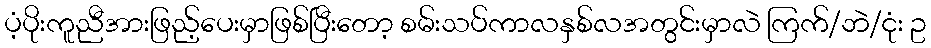
ပံ့ပိုးကူညီအားဖြည့်ပေးမှာဖြစ်ပြီးတော့ စမ်းသပ်ကာလနှစ်လအတွင်းမှာလဲ ကြက်/ဘဲ/ငုံး ဥ